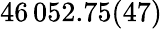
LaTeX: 46\, 052.75(47)